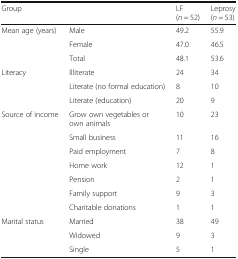
<table><thead><tr><td colspan="2"><b>Group</b></td><td><b>LF (<i>n</i> = 52)</b></td><td><b>Leprosy (<i>n</i> = 53)</b></td></tr></thead><tbody><tr><td rowspan="3">Mean age (years)</td><td>Male</td><td>49.2</td><td>55.9</td></tr><tr><td>Female</td><td>47.0</td><td>46.5</td></tr><tr><td>Total</td><td>48.1</td><td>53.6</td></tr><tr><td rowspan="3">Literacy</td><td>Illiterate</td><td>24</td><td>34</td></tr><tr><td>Literate (no formal education)</td><td>8</td><td>10</td></tr><tr><td>Literate (education)</td><td>20</td><td>9</td></tr><tr><td rowspan="7">Source of income</td><td>Grow own vegetables or own animals</td><td>10</td><td>23</td></tr><tr><td>Small business</td><td>11</td><td>16</td></tr><tr><td>Paid employment</td><td>7</td><td>8</td></tr><tr><td>Home work</td><td>12</td><td>1</td></tr><tr><td>Pension</td><td>2</td><td>1</td></tr><tr><td>Family support</td><td>9</td><td>3</td></tr><tr><td>Charitable donations</td><td>1</td><td>1</td></tr><tr><td rowspan="3">Marital status</td><td>Married</td><td>38</td><td>49</td></tr><tr><td>Widowed</td><td>9</td><td>3</td></tr><tr><td>Single</td><td>5</td><td>1</td></tr></tbody></table>